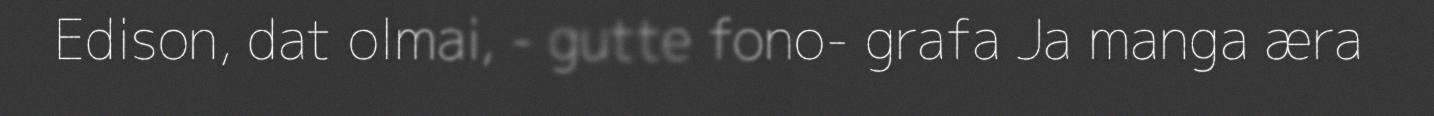
Edison, dat olmai, - gutte fono- grafa Ja manga æra